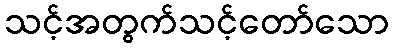
သင့်အတွက်သင့်တော်သော